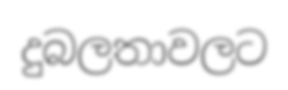
දුබලතාවලට